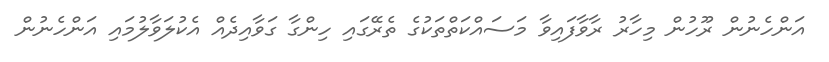
އަންހެނުން ރޫހުން މިހާރު ރާވާފައިވާ މަސައްކަތްތަކުގެ ތެރޭގައި ހިންގާ ގަވާއިދެއް އެކުލަވާލުމައި އަންހެނުން